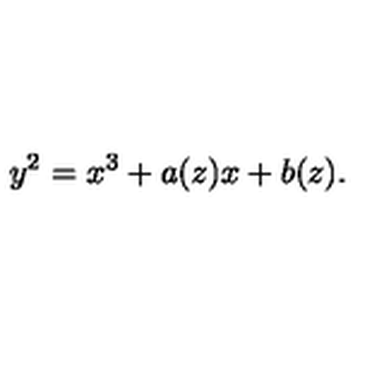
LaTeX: y ^ { 2 } = x ^ { 3 } + a ( z ) x + b ( z ) .